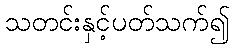
သတင်းနှင့်ပတ်သက်၍